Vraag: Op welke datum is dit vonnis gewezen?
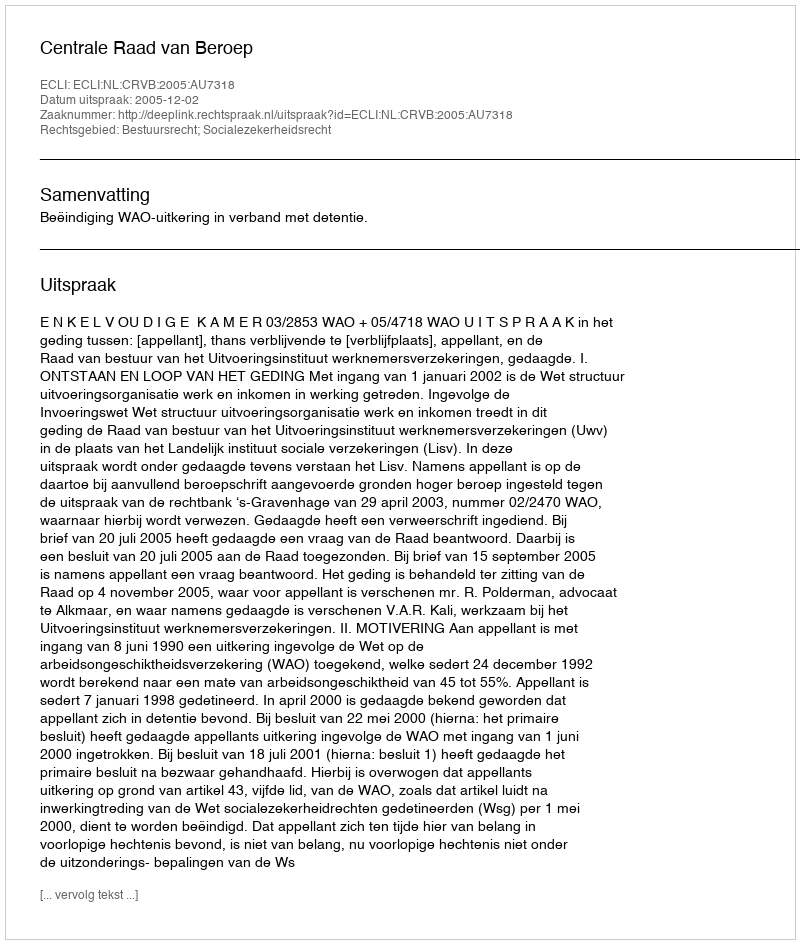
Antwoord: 2005-12-02